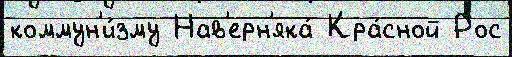
коммун'и́зму Нав'ерн'яка́ Кра́сной Рос